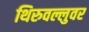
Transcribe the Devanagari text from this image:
थिरुवल्लुवर